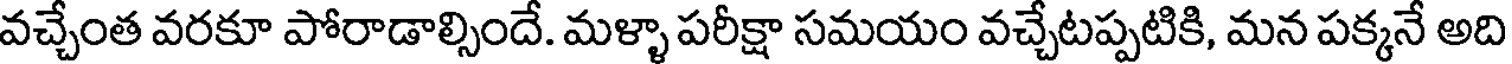
వచ్చేంత వరకూ పోరాడాల్సిందే. మళ్ళా పరీక్షా సమయం వచ్చేటప్పటికి, మన పక్కనే అది